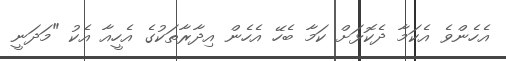
އެހެންވެ އެކަމާ ދެކޮޅަށް ކަމާ ބެހޭ އެހެން އިދާރާތަކުގެ އެހީއާ އެކު "މަދަނީ